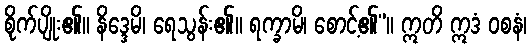
စိုက်ပျိုး၏။ နိဒ္ဒေမိ၊ ရေသွန်း၏။ ရက္ခာမိ၊ စောင့်၏”။ ဣတိ ဣဒံ ဝစနံ၊